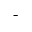
^ -